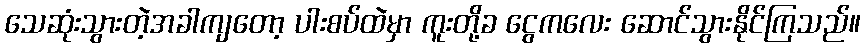
သေဆုံးသွားတဲ့အခါကျတော့ ပါးစပ်ထဲမှာ ကူးတို့ခ ငွေကလေး ဆောင်သွားနိုင်ကြသည်။